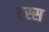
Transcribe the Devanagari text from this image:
ट्रस्स